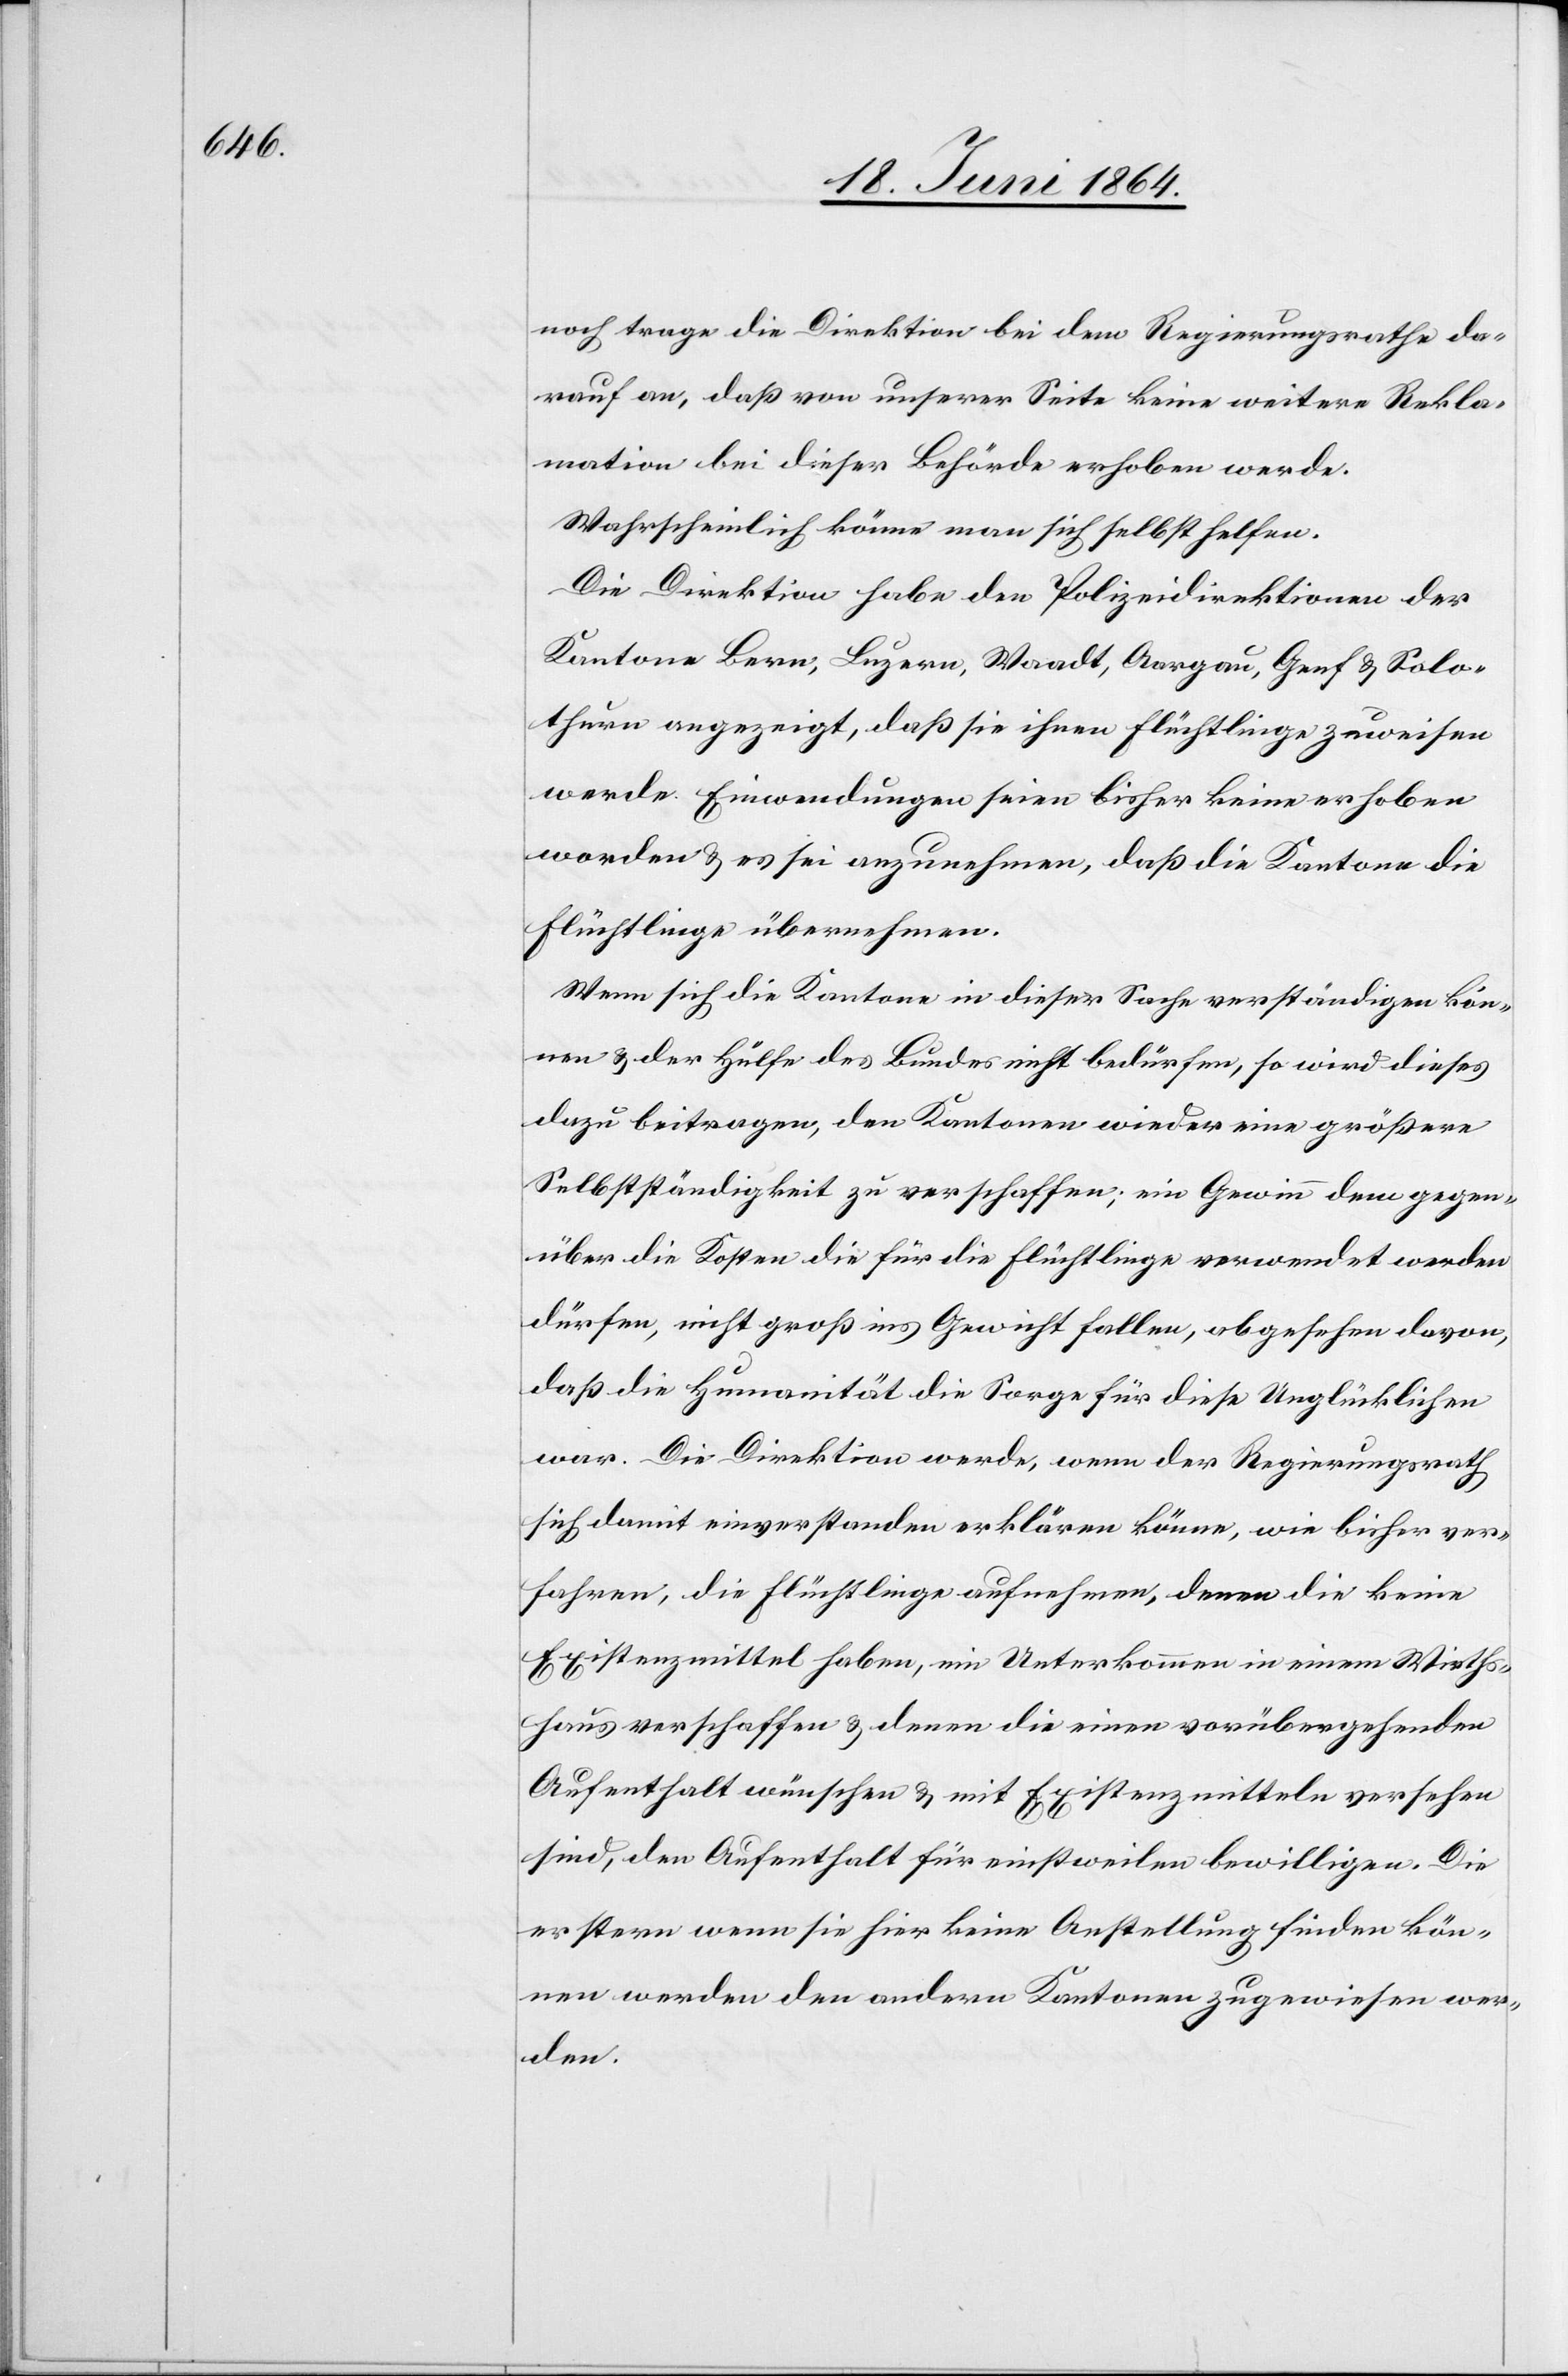
noch trage die Direktion bei dem Regierungsrathe da¬
rauf an, daß von unserer Seite keine weitere Rekla¬
mation bei dieser Behörde erhoben werde.
Wahrscheinlich könne man sich selbst helfen.
Die Direktion habe den Polizeidirektionen der
Kantone Bern, Luzern, Waadt, Aargau, Genf u. Solo¬
thurn angezeigt, daß sie ihnen Flüchtlinge zuweisen
werde. Einwendungen seien bisher keine erhoben
worden u. es sei anzunehmen, daß die Kantone die
Flüchtlinge übernehmen.
Wenn sich die Kantone in dieser Sache verständigen kön¬
nen u. der Hülfe des Bundes nicht bedürfen, so wird dieses
dazu beitragen, den Kantonen wieder eine größere
Selbstständigkeit zu verschaffen; ein Gewinn demgegen¬
über die Kosten die für die Flüchtlinge verwendet werden
dürfen, nicht groß ins Gewicht fallen, abgesehen davon,
daß die Humanität die Sorge für diese Unglücklichen
war. Die Direktion werde, wenn der Regierungsrath
sich damit einverstanden erklären könne, wie bisher ver¬
fahren, die Flüchtlinge aufnehmen, denen die keine
Existenzmittel haben, ein Unterkommen in einem Wirths¬
haus verschaffen u. denen die einen vorübergehenden
Aufenthalt wünschen u. mit Existenzmitteln versehen
sind, den Aufenthalt für einstweilen bewilligen. Die
erstern wenn sie hier keine Anstellung finden kön¬
nen werden den andern Kantonen zugewiesen wer¬
den.